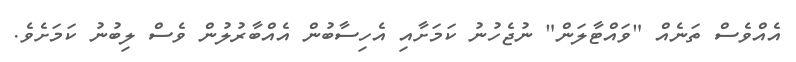
އެއްވެސް ތަނެއް "ވައްޓާލަން" ނުޖެހުނު ކަމަށާއި އެހިސާބުން އެއްބާރުލުން ވެސް ލިބުނު ކަމަށެވެ.